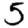
Digit: 5